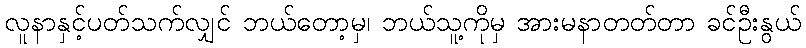
လူနာနှင့်ပတ်သက်လျှင် ဘယ်တော့မှ၊ ဘယ်သူ့ကိုမှ အားမနာတတ်တာ ခင်ဦးနွယ်